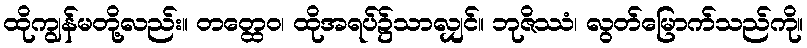
ထိုကျွန်မတို့လည်း။ တတ္ထေဝ၊ ထိုအရပ်၌သာလျှင်။ ဘုဇိဿံ၊ လွတ်မြောက်သည်ကို။